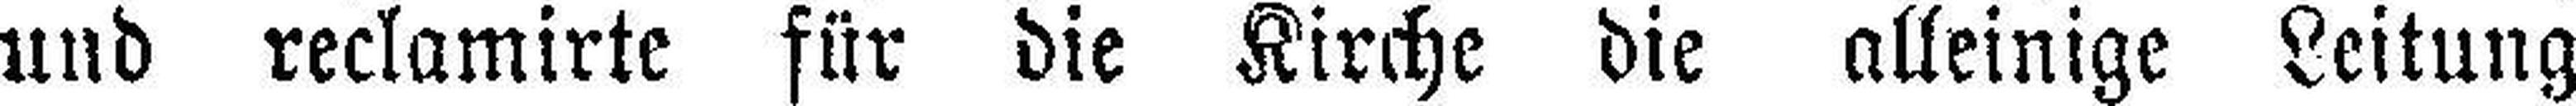
und reclamirte für die Kirche die alleinige Leitung